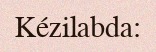
Kézilabda: